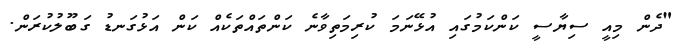
"ދެން މިއީ ސިޔާސީ ކަންކަމުގައި އުޅޭނަމަ ކުރިމަތިވާނެ ކަންތައްތަކެއް ކަން އަޅުގަނޑު ގަބޫލުކުރަން.